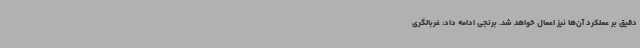
دقیق بر عملکرد آن‌ها نیز اعمال خواهد شد. برنجی ادامه داد: غربالگری